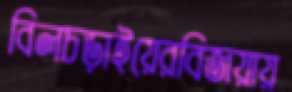
বিলচড়াইয়েরবিজয়ায়